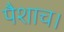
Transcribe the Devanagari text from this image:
पैशाच।